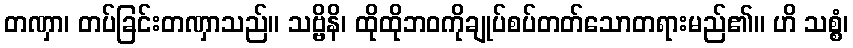
တဏှာ၊ တပ်ခြင်းတဏှာသည်။ သဗ္ဗိနိ၊ ထိုထိုဘဝကိုချုပ်စပ်တတ်သောတရားမည်၏။ ဟိ သစ္စံ၊